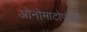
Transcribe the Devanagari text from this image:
ओनोमाटोपोईक